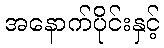
အနောက်ပိုင်းနှင့်